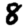
Digit: 8